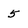
Character: 5